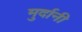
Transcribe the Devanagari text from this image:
मुर्दानी